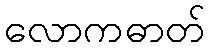
လောကဓာတ်